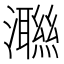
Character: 𭳝